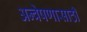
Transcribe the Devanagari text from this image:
अन्वेषणासाठी